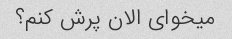
میخوای الان پرش کنم؟